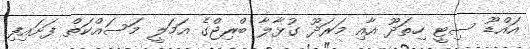
އައްޑޫ ސިޓީ ހިތަދޫ އާއި މަރަދޫ ގުޅާލާ ބްރިޖްގެ އަމަލީ މަސައްކަތް ފަށައިފި